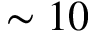
\sim 1 0